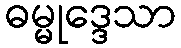
ဓမ္မုဒ္ဒေသာ